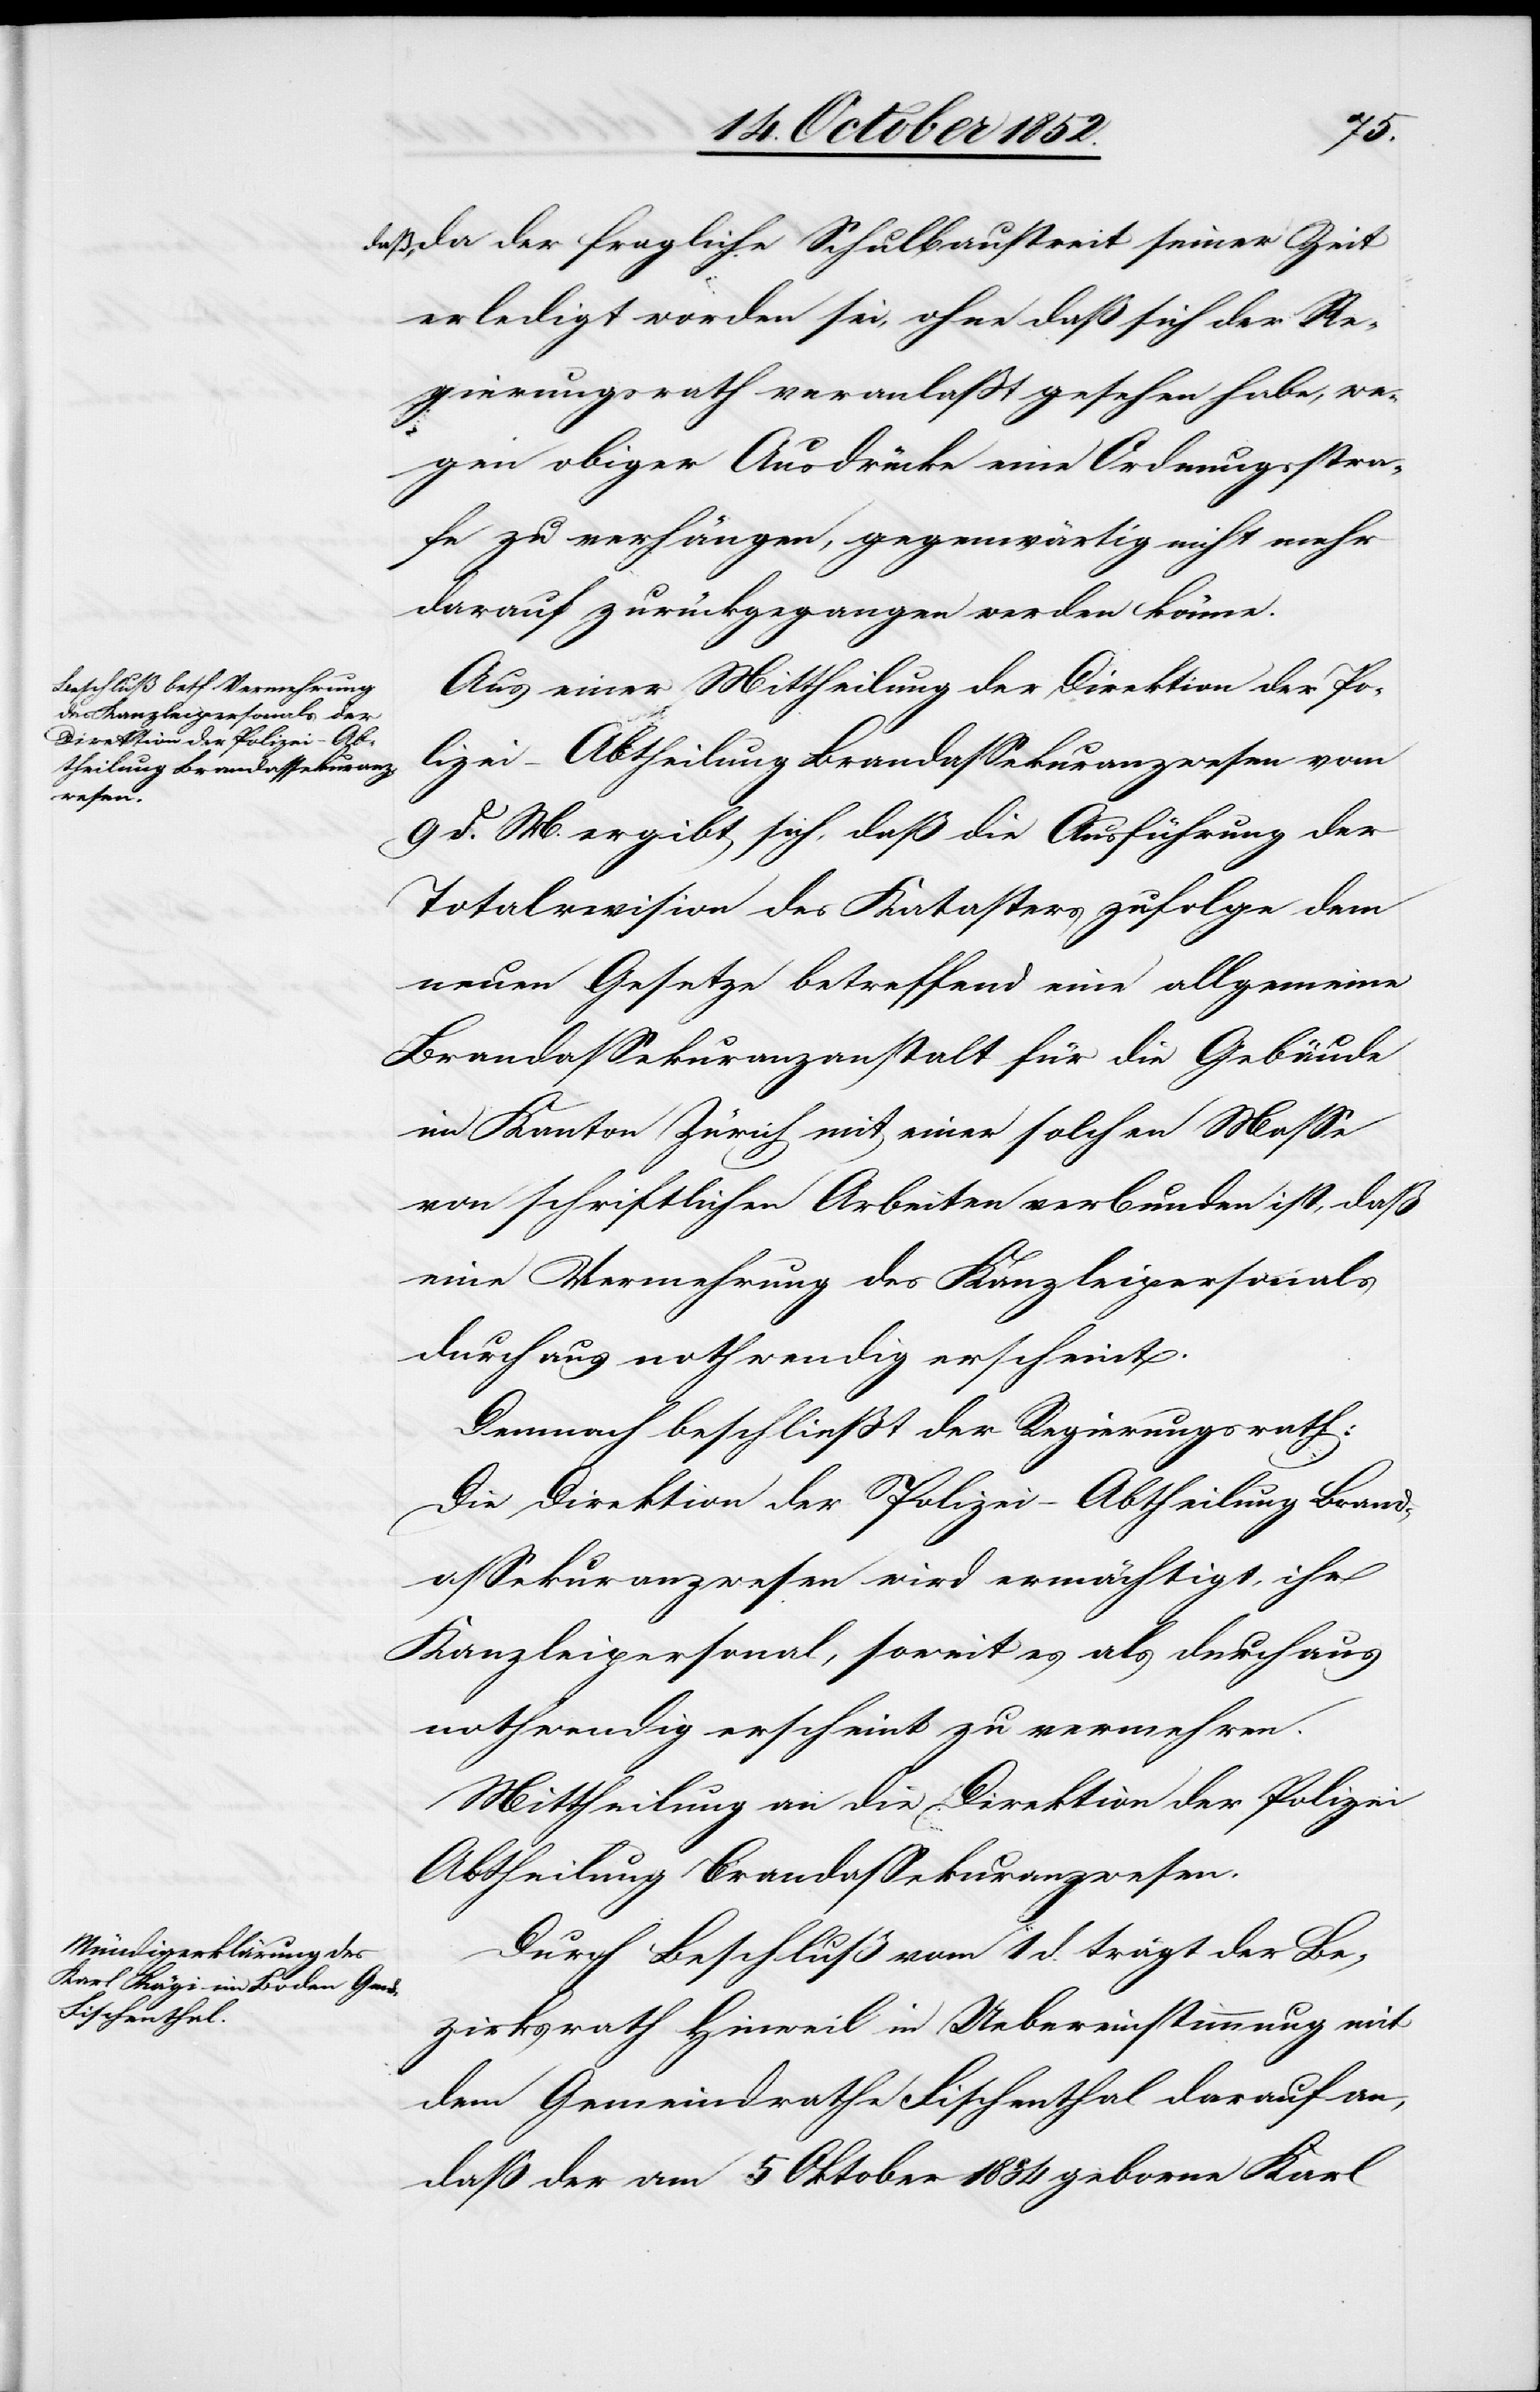
daß, da der fragliche Schulbaustreit seiner Zeit
erledigt worden sei, ohne daß sich der Re¬
gierungsrath veranlaßt gesehen habe, we¬
gen obiger Ausdrücke eine Ordnungsstra¬
fe zu verhängen, gegenwärtig nicht mehr
darauf zurückgegangen werden könne.
Aus einer Mittheilung der Direktion der Po¬
lizei – Abtheilung Brandassekuranzwesen vom
9 d. M. ergibt sich, daß die Ausführung der
Totalrevision des Katasters zufolge dem
neuen Gesetze betreffend eine allgemeine
Brandassekuranzanstalt für die Gebäude
im Kanton Zürich mit einer solchen Masse
von schriftlichen Arbeiten verbunden ist, daß
eine Vermehrung des Kanzleipersonals
durchaus nothwendig erscheint.
Demnach beschließt der Regierungsrath:
Die Direktion der Polizei – Abtheilung Brand¬
assekuranzwesen wird ermächtigt, ihr
Kanzleipersonal, soweit es als durchaus
nothwendig erscheint zu vermehren.
Mittheilung an die Direktion der Polizei
Abtheilung Brandassekuranzwesen.
Durch Beschluß vom 1 d. trägt der Be¬
zirksrath Hinweil in Uebereinstimmung mit
dem Gemeindrathe Fischenthal darauf an,
daß der am 5 Oktober 1834 geborne Karl